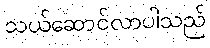
သယ်ဆောင်လာပါသည်